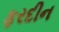
ફરદીન